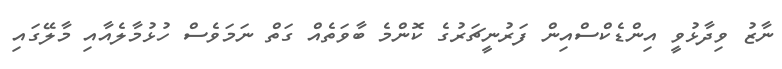
ނާޒު ވިދާޅުވީ އިންޑެކްސްއިން ފަރުނީޗަރުގެ ކޮންމެ ބާވަތެއް ގަތް ނަމަވެސް ހުޅުމާލެއާއި މާލޭގައި